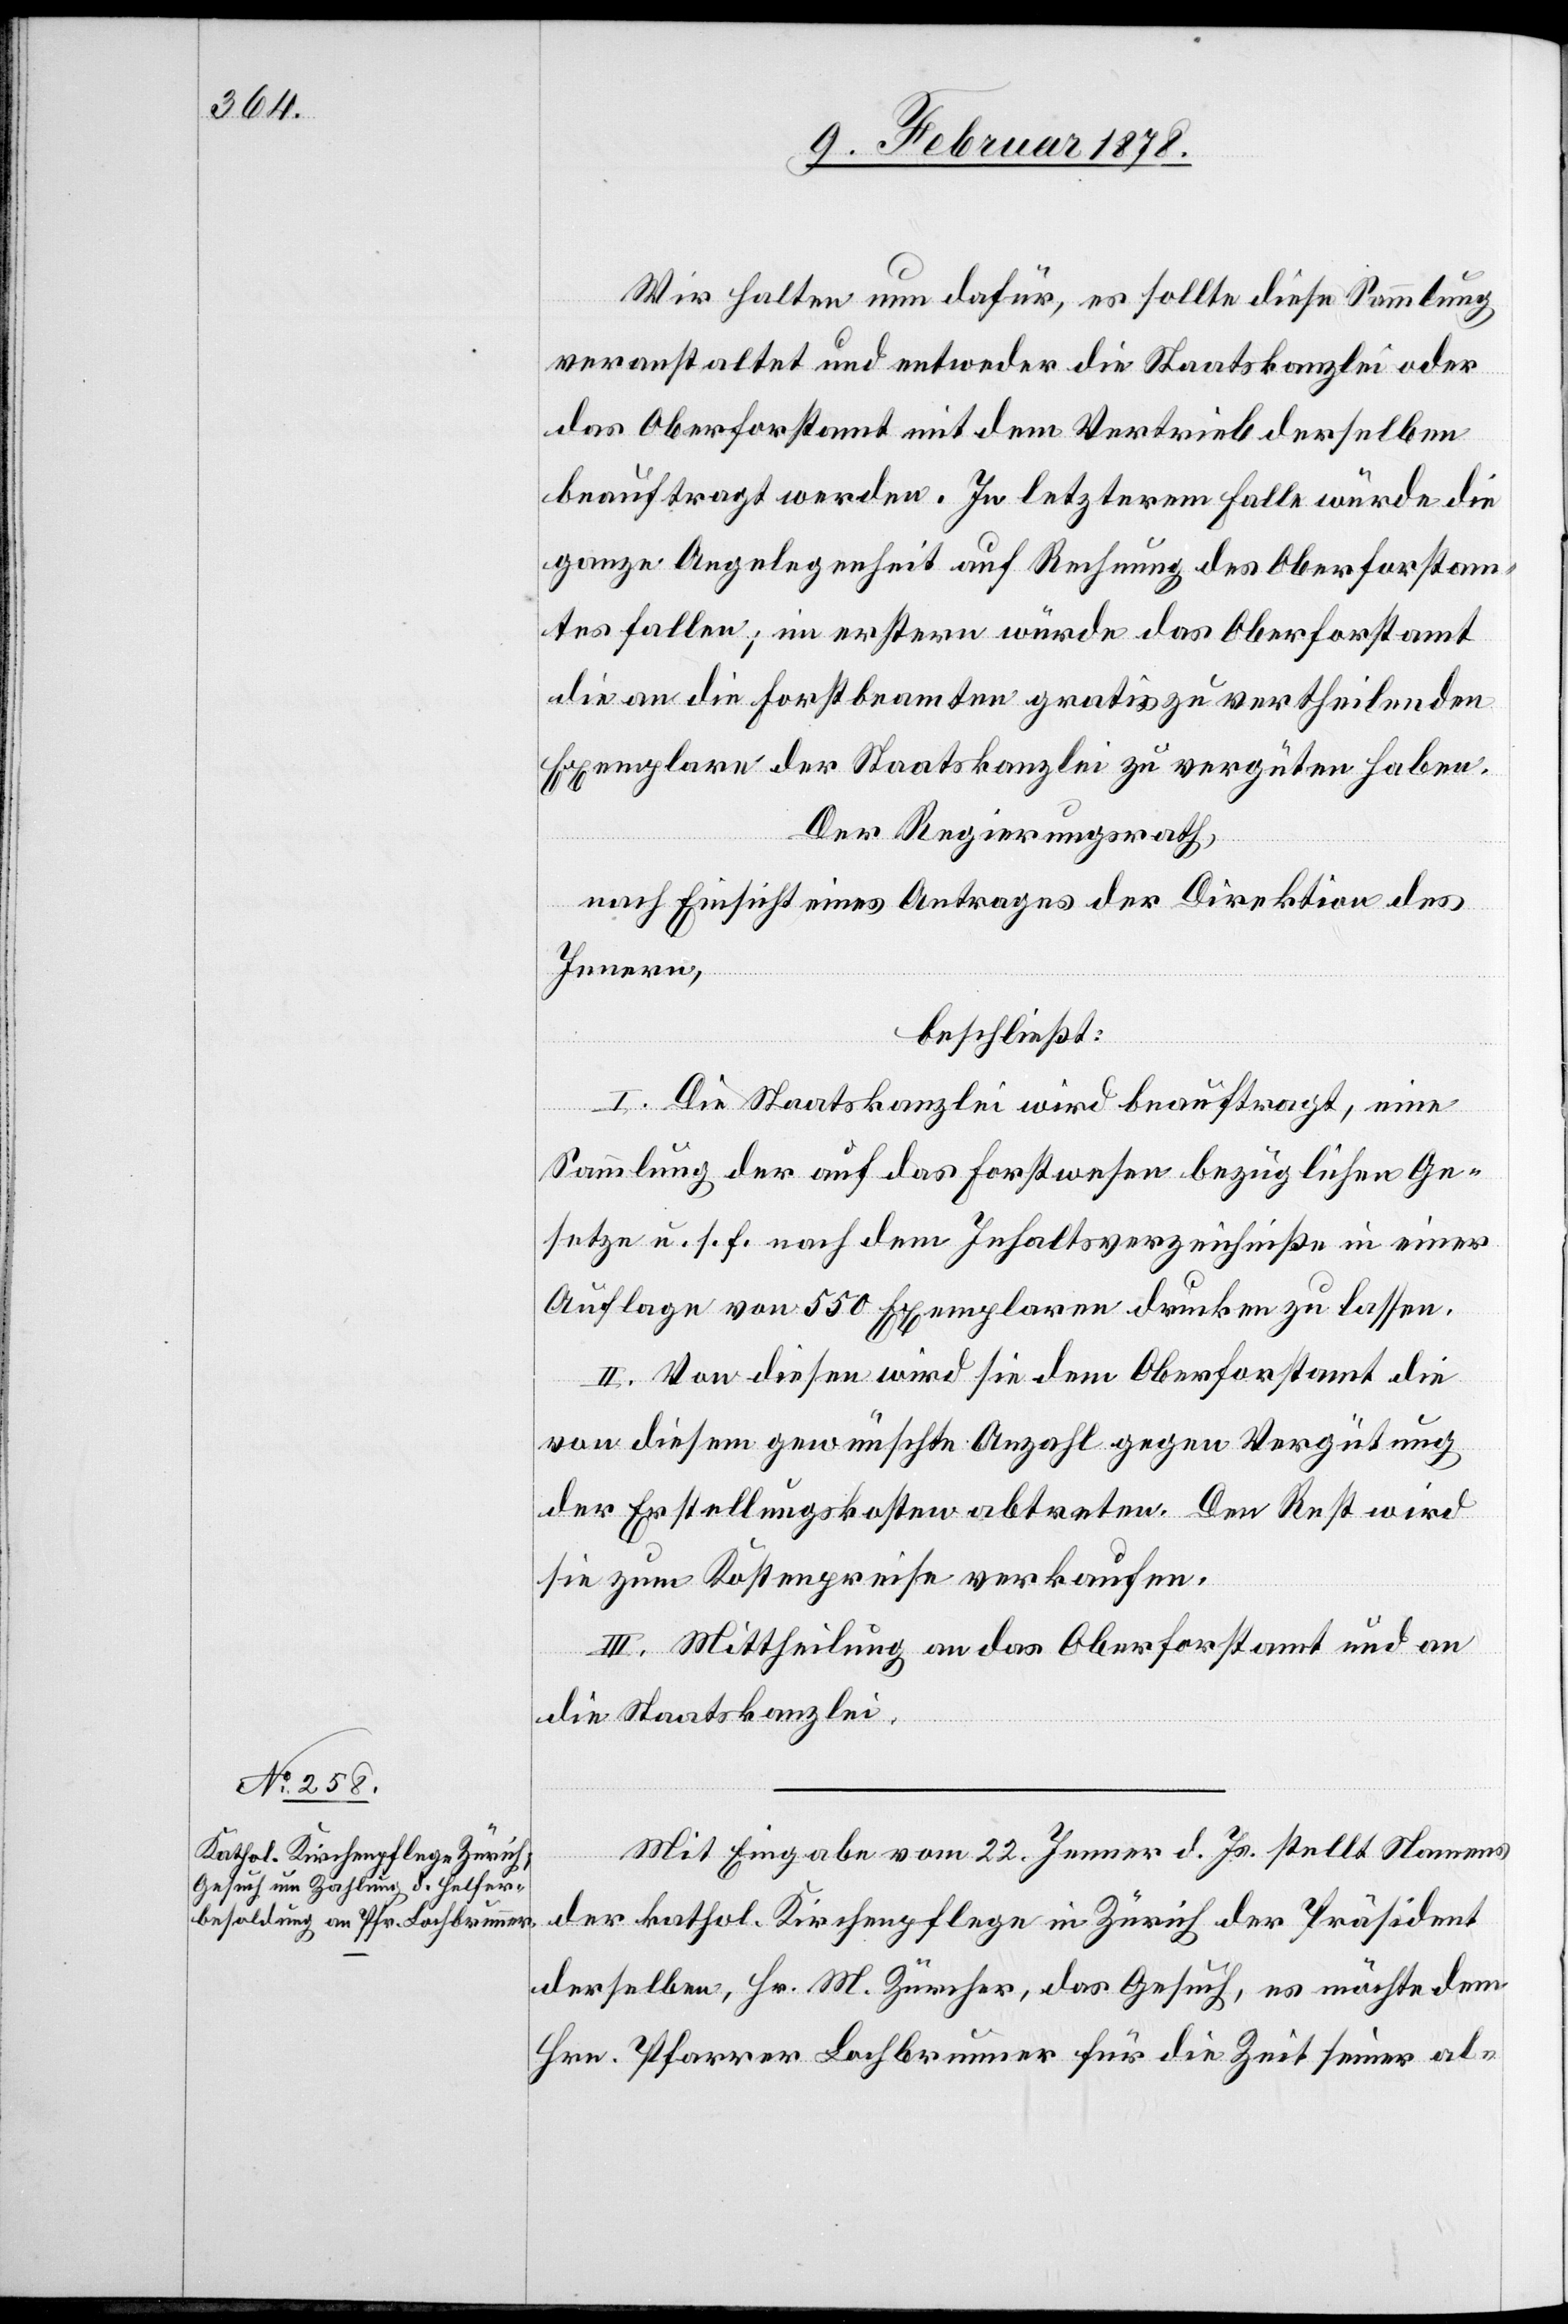
Wir halten nun dafür, es sollte diese Sammlung
veranstaltet und entweder die Staatskanzlei oder
das Oberforstamt mit dem Vertrieb derselben
beauftragt werden. In letzterem Falle würde die
ganze Angelegenheit auf Rechnung des Oberforstam¬
tes fallen; in ersterm würde das Oberforstamt
die an die Forstbeamten gratis zu vertheilenden
Exemplare der Staatskanzlei zu vergüten haben.
Der Regierungsrath,
nach Einsicht eines Antrages der Direktion des
Innern,
beschließt:
I. Die Staatskanzlei wird beauftragt, eine
Sammlung der auf das Forstwesen bezüglichen Ge¬
setze u. s. f. nach dem Inhaltsverzeichniß in einer
Auflage von 550 Exemplaren drucken zu lassen.
II. Von diesen wird sie dem Oberforstamt die
von diesem gewünschte Anzahl gegen Vergütung
der Erstellungskosten abtreten. Den Rest wird
sie zum Kostenpreise verkaufen.
III. Mittheilung an das Oberforstamt und an
die Staatskanzlei.
Mit Eingabe vom 22. Jenner d. Js. stellt Namens
der kath. Kirchenpflege in Zürich der Präsident
derselben, Hr. M. Zürcher, das Gesuch, es möchte dem
Hrn. Pfarrer Lochbrunner für die Zeit seiner al-